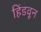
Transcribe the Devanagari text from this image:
हिंडवून